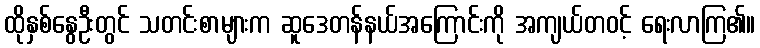
ထိုနှစ်နွေဦးတွင် သတင်းစာများက ဆူဒေတန်နယ်အကြောင်းကို အကျယ်တဝင့် ရေးလာကြ၏။